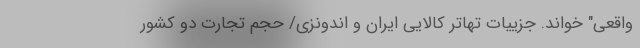
واقعی" خواند. جزییات تهاتر کالایی ایران و اندونزی/ حجم تجارت دو کشور